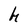
Character: h